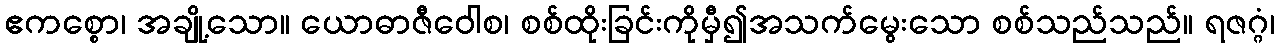
ဧကစ္စော၊ အချို့သော။ ယောဓာဇီဝေါစ၊ စစ်ထိုးခြင်းကိုမှီ၍အသက်မွေးသော စစ်သည်သည်။ ရဇဂ္ဂံ၊